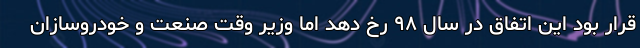
قرار بود این اتفاق در سال ۹۸ رخ دهد اما وزیر وقت صنعت و خودروسازان